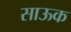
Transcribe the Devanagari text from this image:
साऊक